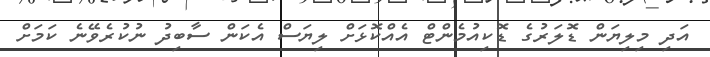
އަދި މިލިޔަން ޑޮލަރުގެ ޑޮކިއުމެންޓް އެއްކޮޅަށް ލިޔަސް އެކަން ސާބިދު ނުކުރެވޭނެ ކަމަށް